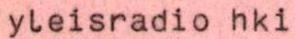
yleisradio hki